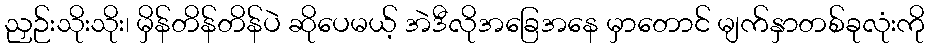
ညှဉ်းသိုးသိုး၊ မှိန်တိန်တိန်ပဲ ဆိုပေမယ့် အဲဒီလိုအခြေအနေ မှာတောင် မျက်နှာတစ်ခုလုံးကို